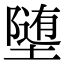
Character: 𫝡